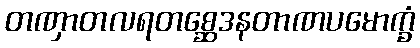
တဏှာတလရတစ္ဆေဒနတာဏပမောက္ခံ